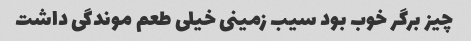
چیز برگر خوب بود سیب زمینی خیلی طعم موندگی داشت